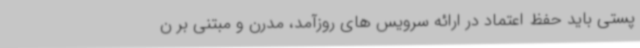
پستی باید حفظ اعتماد در ارائه سرویس های روزآمد، مدرن و مبتنی بر ن